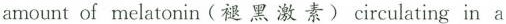
amount of melatonin(褪黑激素)circulating in a